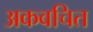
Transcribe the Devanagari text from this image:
अकवचित